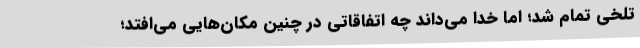
تلخی تمام شد؛ اما خدا می‌داند چه اتفاقاتی در چنین مکان‌هایی می‌افتد؛